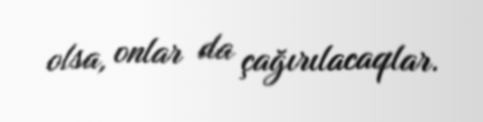
olsa, onlar da çağırılacaqlar.